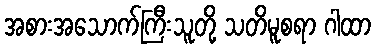
အစားအသောက်ကြီးသူတို့ သတိမူစရာ ဂါထာ